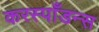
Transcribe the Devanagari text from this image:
करस्पाँडन्स